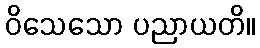
ဝိသေသော ပညာယတိ။